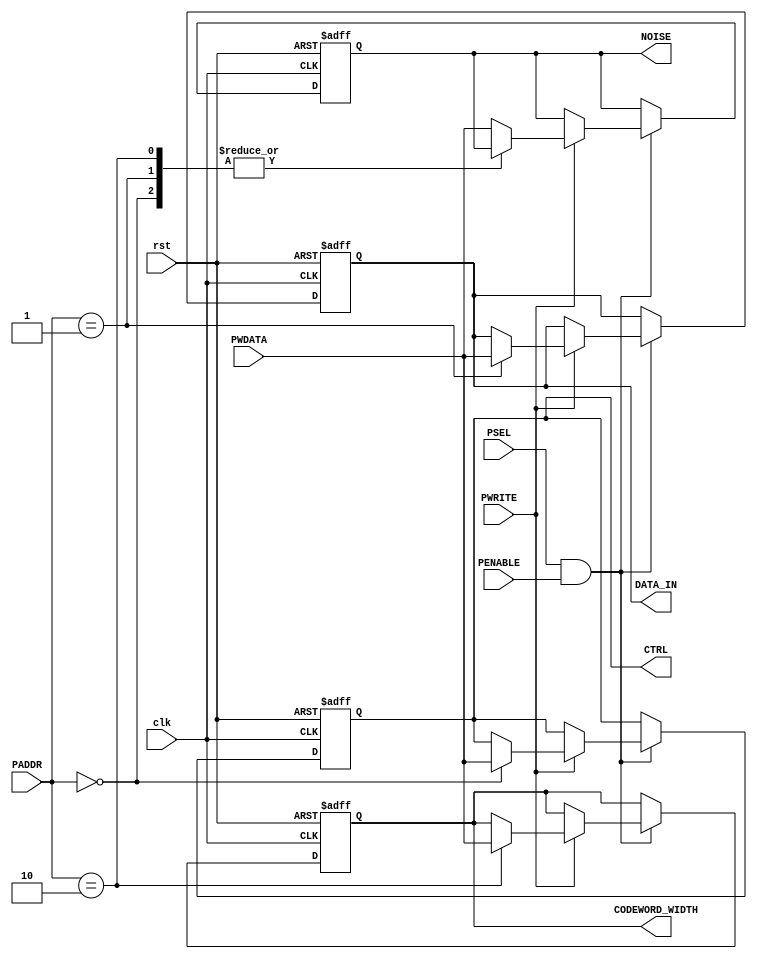
module Register_selctor
#(
// parameter DATA_WIDTH = 32,
// parameter AMBA_ADDR_WIDTH = 20,
parameter AMBA_WORD = 32
)
(
input wire clk,
input wire rst,
input wire [1:0] PADDR,
input wire [AMBA_WORD-1:0] PWDATA,
input wire PENABLE,
input wire PSEL,
input wire PWRITE,
output reg [AMBA_WORD-1:0] CTRL ,
output reg [AMBA_WORD-1:0] DATA_IN,
output reg [AMBA_WORD-1:0] CODEWORD_WIDTH,
output reg [AMBA_WORD-1:0] NOISE
);

wire start_work;


// This module is the register bank of the ECC_ENC_DEC module. the parameter got from the top entity are the sizes of the registers.
// To interact with module(R/W), follow the AMBA APB bus protocol.


//when PSEL&PENABLE are 1 start work, depending on R/W -> PWRITE,PADDR
 assign start_work = PSEL & PENABLE ;

// always@(PENABLE or PSEL) 
// begin : Timing_Control 
	// start_work = PENABLE & PSEL;
// end

always @(posedge clk or negedge rst) begin : Register_Selction
  if(!rst) 
	  begin
		
		CTRL <= {AMBA_WORD{1'b0}};
		DATA_IN <= {AMBA_WORD{1'b0}};
		CODEWORD_WIDTH <= {AMBA_WORD{1'b0}};
		NOISE <= {AMBA_WORD{1'b0}};
	  end
  else 
	  begin
		if(start_work) 
			begin
			    if( PWRITE) 
					begin//OFFSET OF THE ADDRES IS THE SELECTED REGISTER
						case(PADDR) // Check RTL
						  2'b00 : CTRL <= PWDATA;
						  2'b01 : DATA_IN <= PWDATA;
						  2'b10 : CODEWORD_WIDTH <= PWDATA;
						  default : NOISE <= PWDATA;
						endcase
					end
			end
	  end
end

endmodule